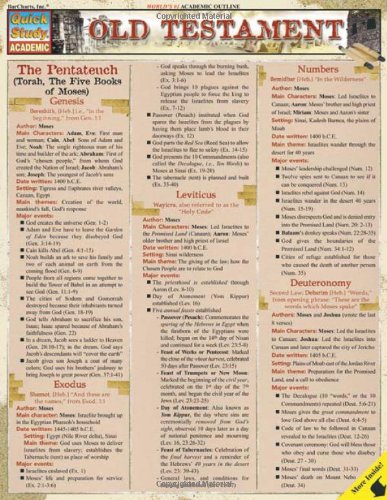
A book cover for Old Testament (Quickstudy: Academic); Inc. BarCharts; Christian Books & Bibles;